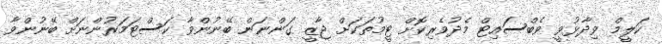
ކަލީމް ވިދާޅުވީ ވެބްސައިޓް މެދުވެރިކޮށް ޓީމުތަކަށް ޖާޒީ ގަންނަން ބޭނުންވާ ކަސްޓަމަރުންނަށް ބޭނުންވާ